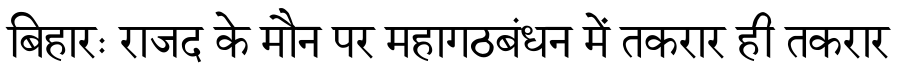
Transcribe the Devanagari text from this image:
बिहारः राजद के मौन पर महागठबंधन में तकरार ही तकरार